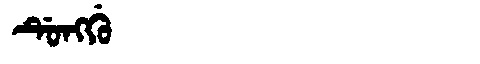
Manchu: ᡩᡠᠩᡤᡠ
Romanization: DUNGGU